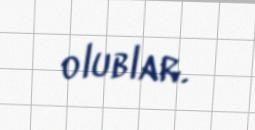
olublar.